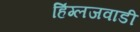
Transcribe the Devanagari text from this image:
हिंग्लजवाडी